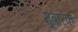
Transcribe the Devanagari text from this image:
मूबारक